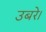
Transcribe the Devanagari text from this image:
उबरे।